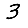
Digit: 3